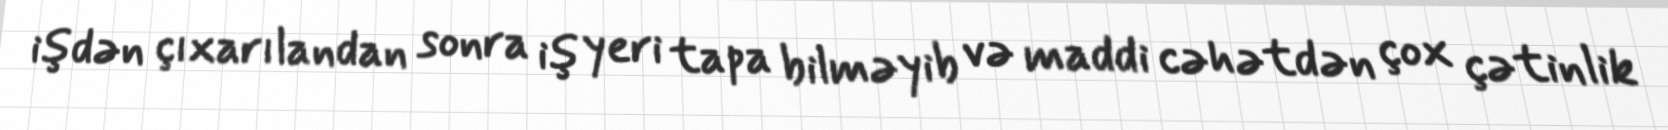
işdən çıxarılandan sonra iş yeri tapa bilməyib və maddi cəhətdən çox çətinlik